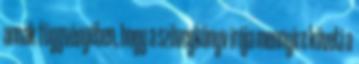
annak függvényében, hogy a szövegkönyv írója mennyire követi a